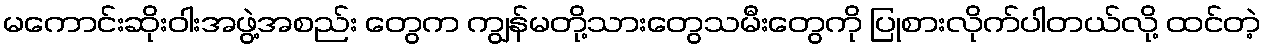
မကောင်းဆိုးဝါးအဖွဲ့အစည်း တွေက ကျွန်မတို့သားတွေသမီးတွေကို ပြုစားလိုက်ပါတယ်လို့ ထင်တဲ့